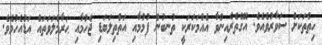
ހިތްތަކަށް ސަވާރުވެއެވެ. އޭގެތެރެއިންވާ އެއްމަކަރަކީ ތުނބުން ފުމުމާއި އަތްތިލަބަޑި ޖެހުމާއި ޙަރާމްލަވަތައް އަޑުއެހުމެވެ.